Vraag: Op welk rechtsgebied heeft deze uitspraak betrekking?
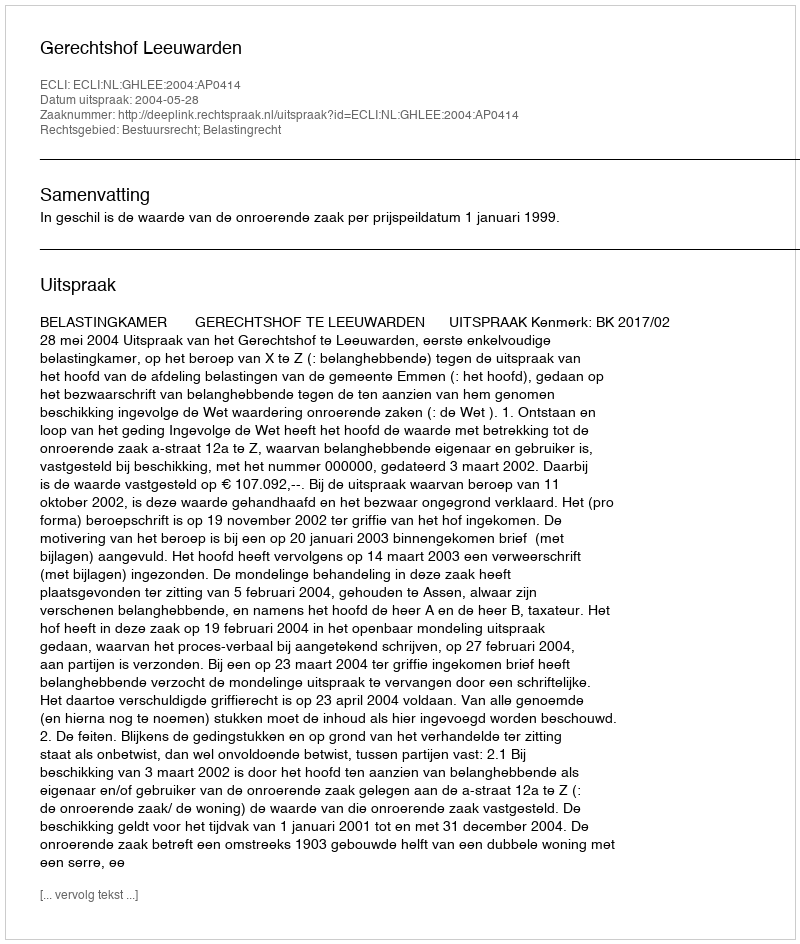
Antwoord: Bestuursrecht; Belastingrecht